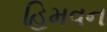
હિમવન